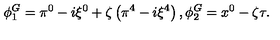
\phi _ { 1 } ^ { G } = \pi ^ { 0 } - i \xi ^ { 0 } + \zeta \left( \pi ^ { 4 } - i \xi ^ { 4 } \right) , \phi _ { 2 } ^ { G } = x ^ { 0 } - \zeta \tau .